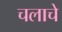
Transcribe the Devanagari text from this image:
चलाचे